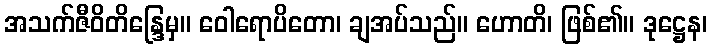
အသက်ဇီဝိတိန္ဒြေမှ။ ဝေါရောပိတော၊ ချအပ်သည်။ ဟောတိ၊ ဖြစ်၏။ ဒုဋ္ဌေန၊